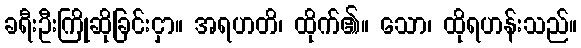
ခရီးဦးကြိုဆိုခြင်းငှာ။ အရဟတိ၊ ထိုက်၏။ သော၊ ထိုရဟန်းသည်။